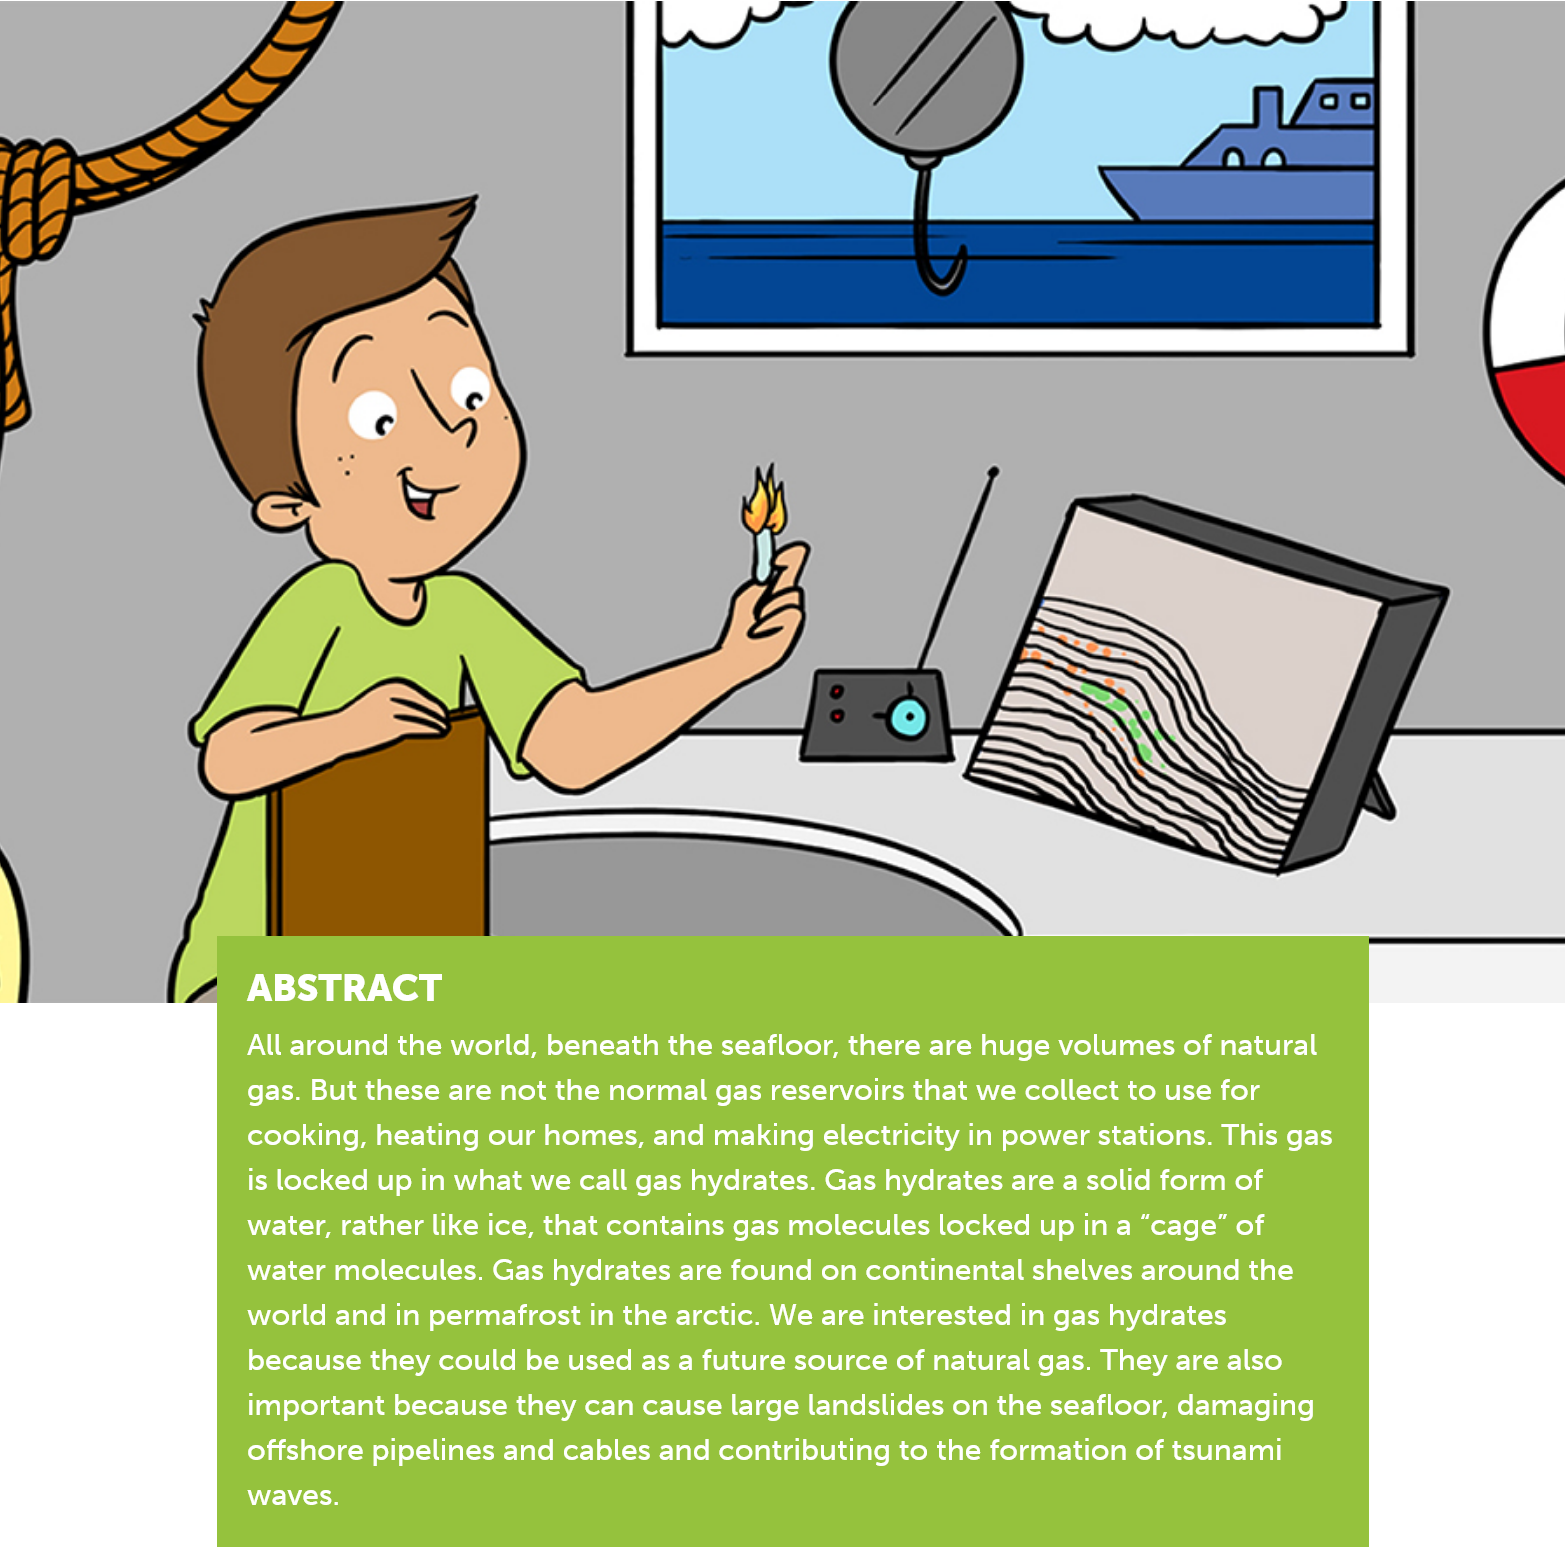
All around the world, beneath the seafloor, there are huge volumes of natural
     gas. But these are not the normal gas reservoirs that we collect to use for
     cooking, heating our homes, and making electricity in power stations. This gas
     is locked up in what we call gas hydrates. Gas hydrates are a solid form of
     water, rather like ice, that contains gas molecules locked up in a “cage” of
     water molecules. Gas hydrates are found on continental shelves around the
     world and in permafrost in the arctic. We are interested in gas hydrates
     because they could be used as a future source of natural gas. They are also
     important because they can cause large landslides on the seafloor, damaging
     offshore pipelines and cables and contributing to the formation of tsunami
     AWE
     ABSTRACT